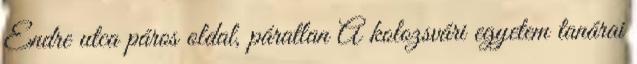
Endre utca páros oldal, páratlan A kolozsvári egyetem tanárai